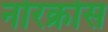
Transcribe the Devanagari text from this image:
नोरक्रोस